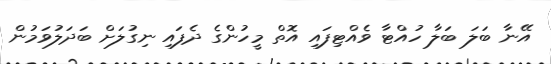
އޭނާ ބަލަ ބަލާ ހުއްޓާ ވެއްޓިފައި އޮތް މީހުންގެ ދެފައި ނިގުލަށް ބަދަލުވަމުން